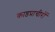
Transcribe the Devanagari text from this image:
काष्ठप्राचीरों